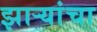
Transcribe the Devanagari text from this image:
झाऱ्यांचा